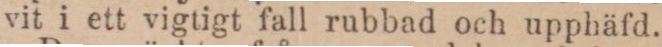
vit i ett vigtigt fall rubbad och upphäfd.